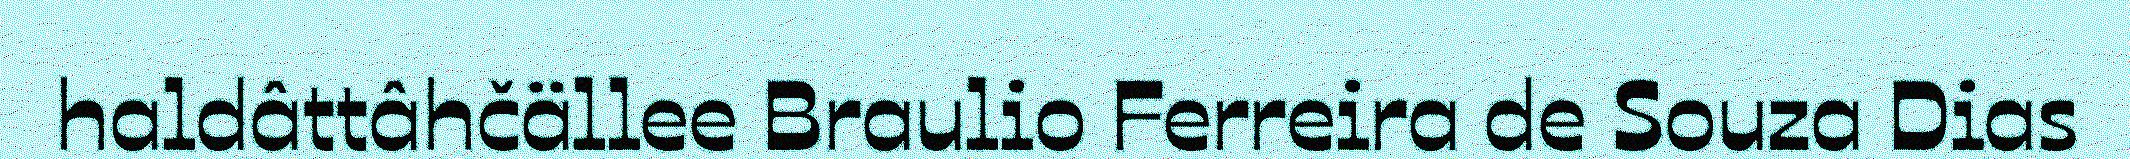
haldâttâhčällee Braulio Ferreira de Souza Dias